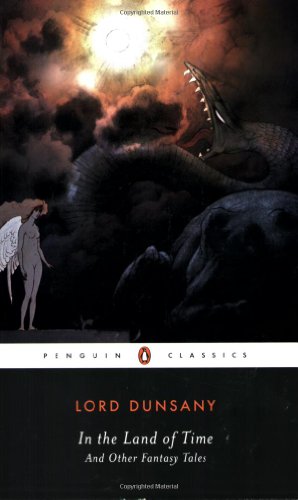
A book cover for In the Land of Time: And Other Fantasy Tales (Penguin Classics); Lord Dunsany; Science Fiction & Fantasy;